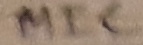
Text: MIC